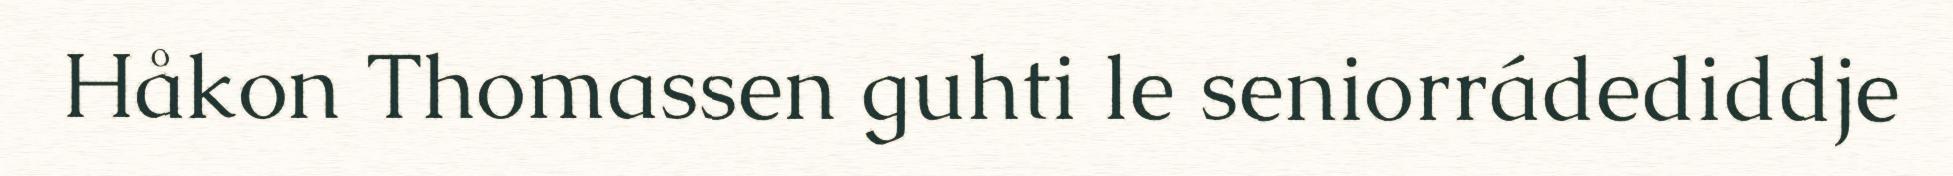
Håkon Thomassen guhti le seniorrádediddje